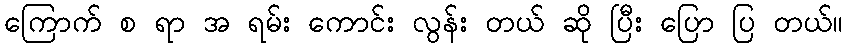
ကြောက် စ ရာ အ ရမ်း ကောင်း လွန်း တယ် ဆို ပြီး ပြော ပြ တယ်။